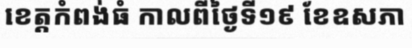
ខេត្តកំពង់ធំ កាលពីថ្ងៃទី១៩ ខែឧសភា